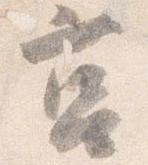
筥